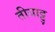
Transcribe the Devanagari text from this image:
तीयाट्टु